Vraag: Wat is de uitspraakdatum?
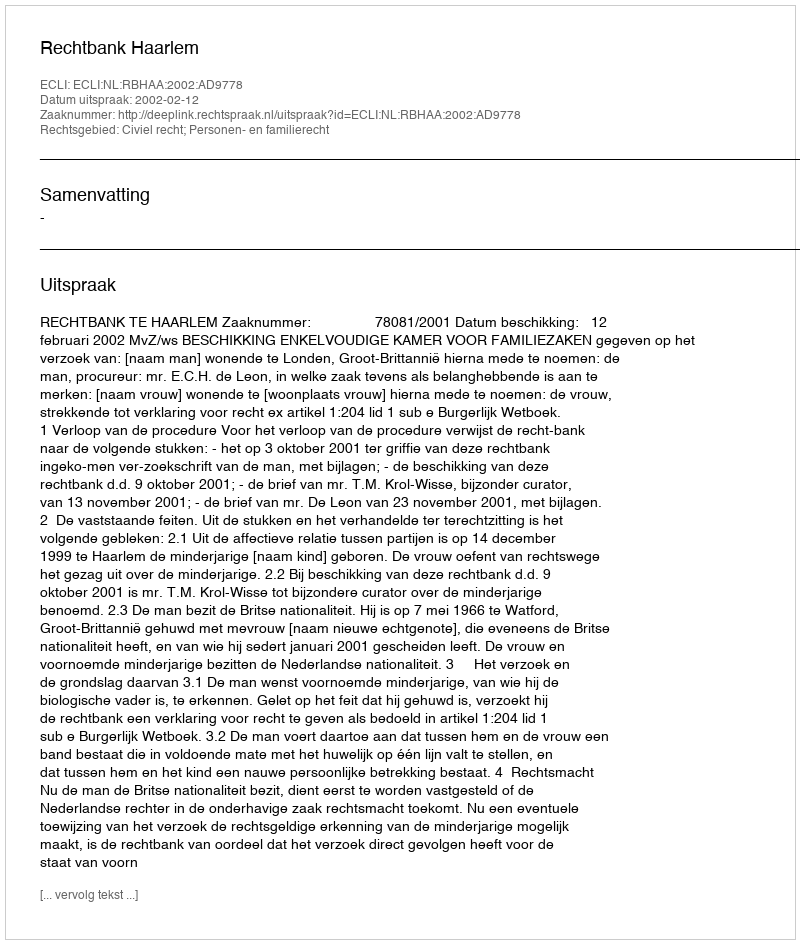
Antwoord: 2002-02-12